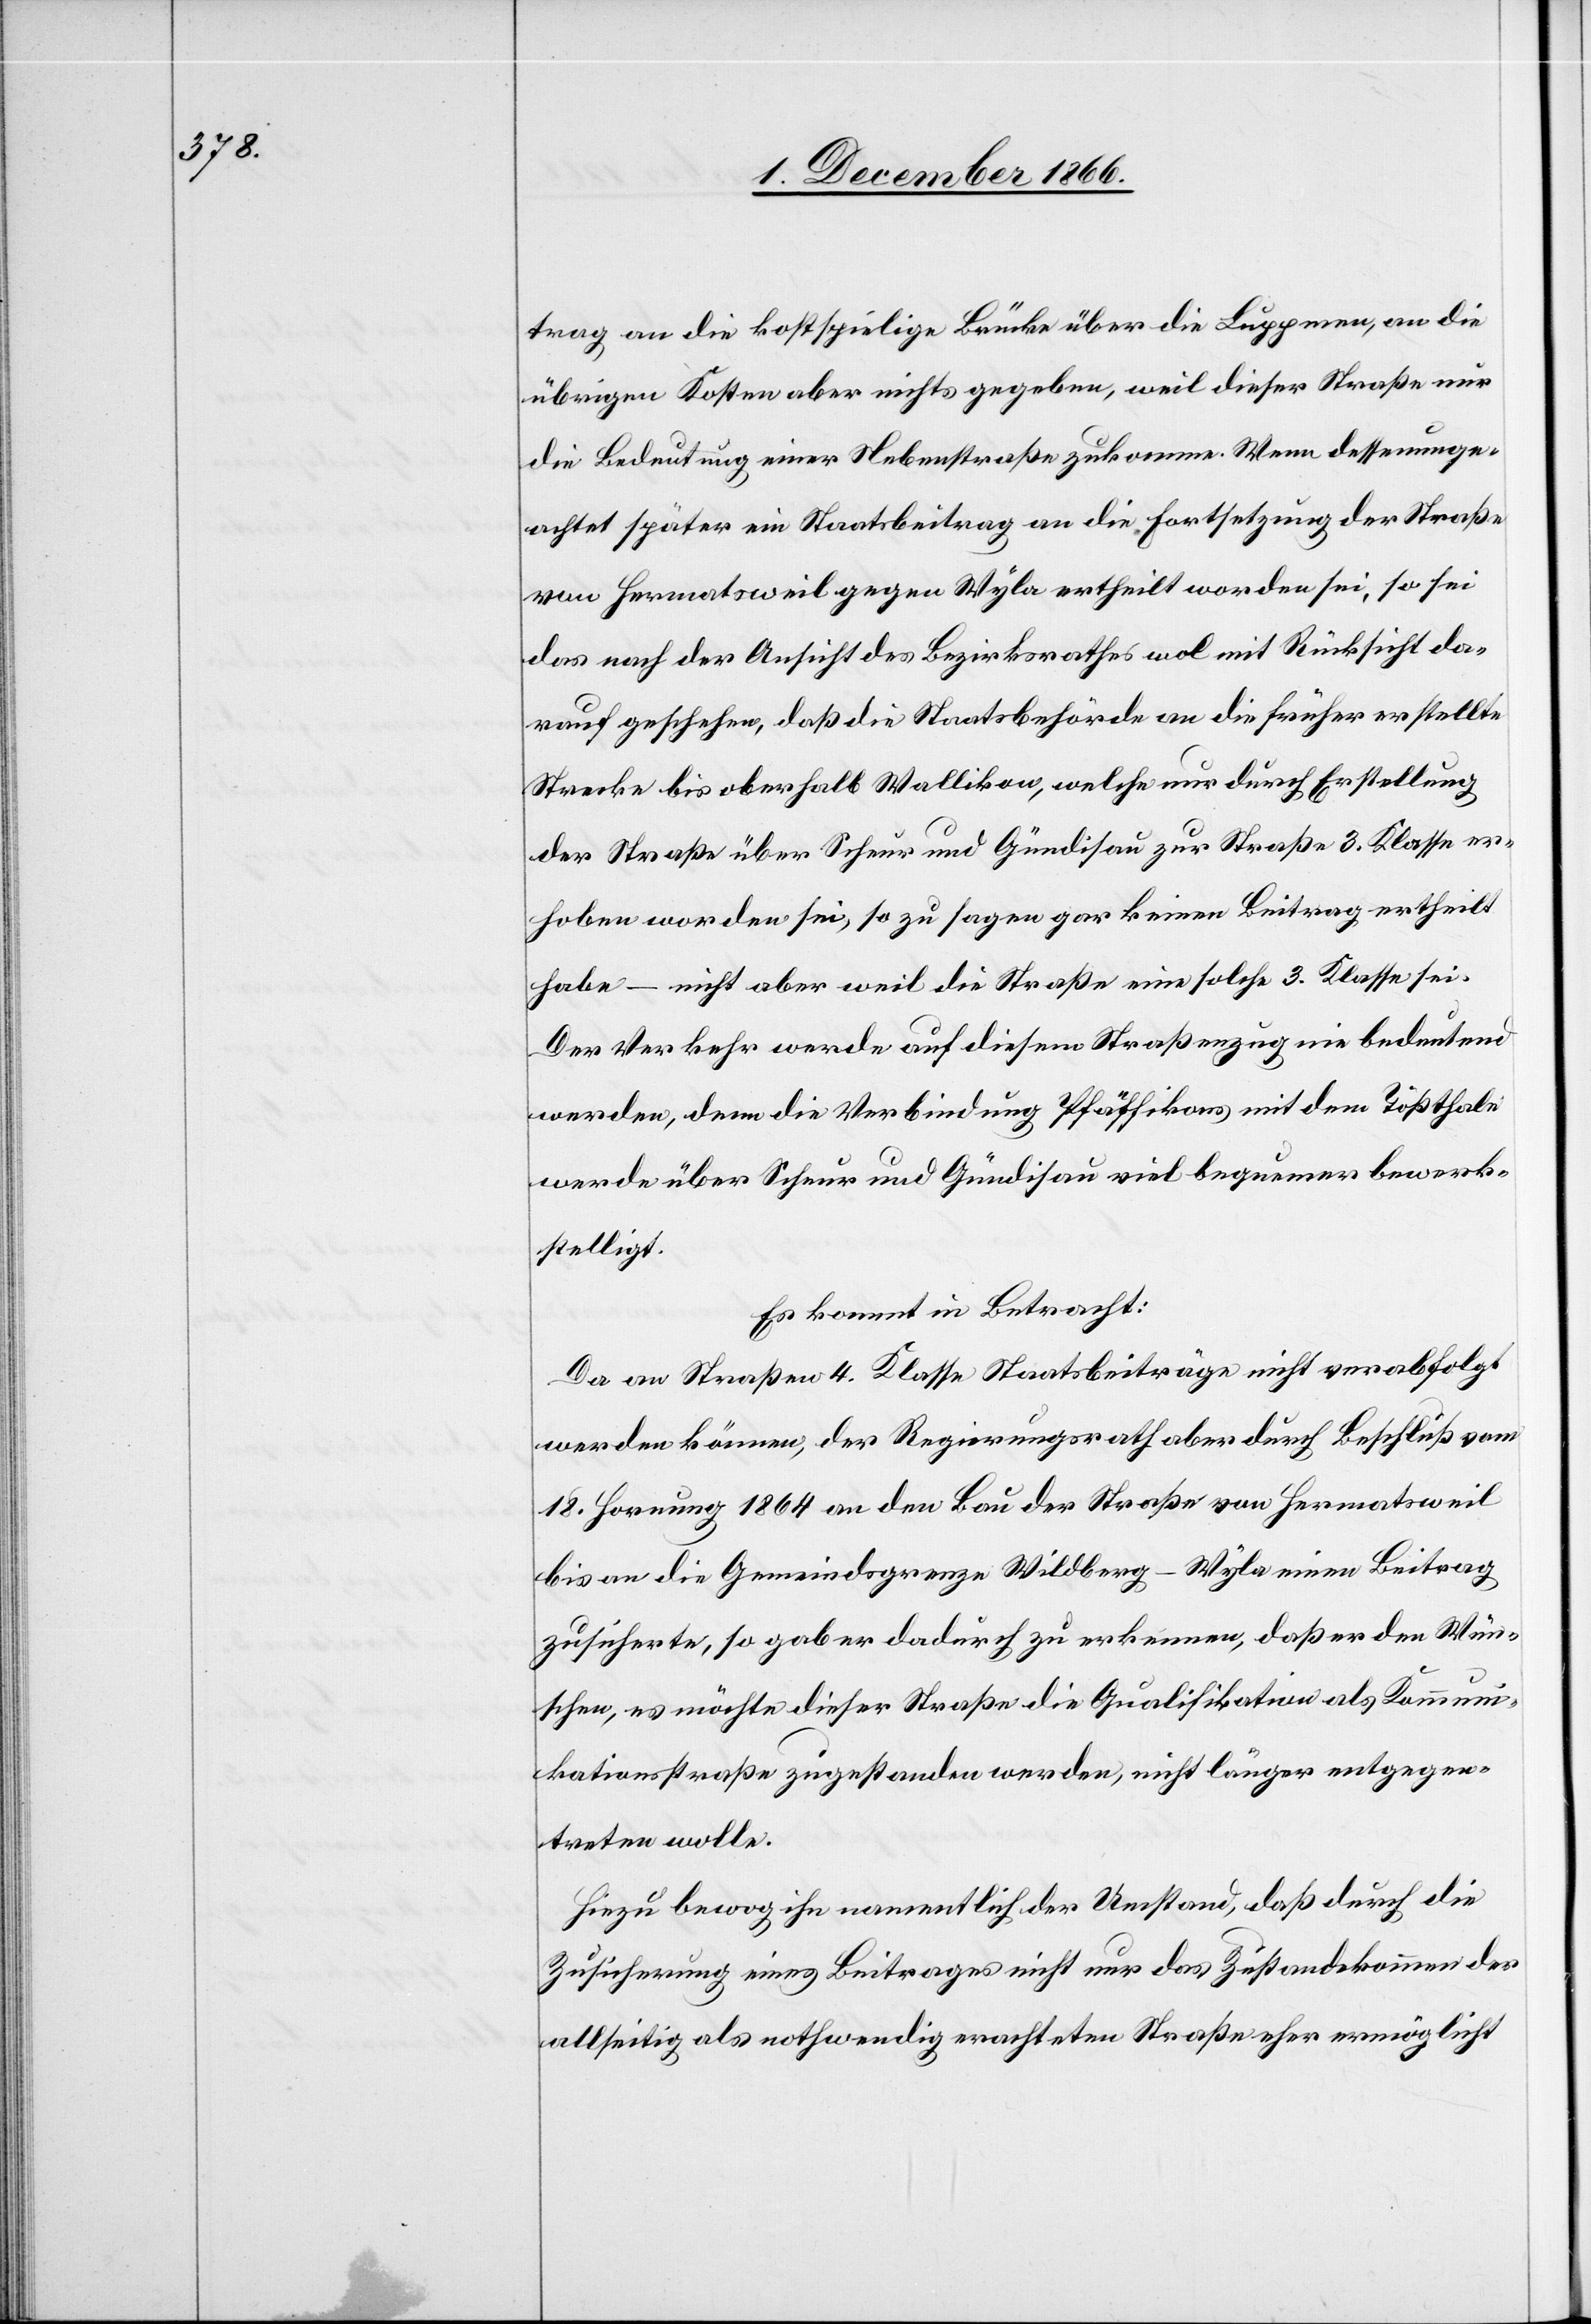
trag an die kostspielige Brücke über die Luppern, an die
übrigen Kosten aber nichts gegeben, weil dieser Straße nur
die Bedeutung einer Nebenstraße zukomme. Wenn dessenunge¬
achtet später ein Staatsbeitrag an die Fortsetzung der Straße
von Hermatsweil gegen Wyla ertheilt worden sei, so sei
das nach der Ansicht des Bezirksrathes wol mit Rücksicht da¬
rauf geschehen, daß die Staatsbehörde an die früher erstellte
Strecke bis oberhalb Wallikon, welche nur durch Erstellung
der Straße über Scheur und Gündisau zur Straße 3. Klasse er¬
hoben worden sei, so zu sagen gar keinen Beitrag ertheilt
habe – nicht aber weil die Straße eine solche 3. Klasse sei.
Der Verkehr werde auf diesem Straßenzug nie bedeutend
werden, denn die Verbindung Pfäffikons mit dem Tößthale
werde über Scheur und Gündisau viel bequemer bewerk¬
stelligt.
Es kommt in Betracht:
Da an Straßen 4. Klasse Staatsbeiträge nicht verabfolgt
werden können, der Regierungsrath aber durch Beschluß vom
18. Hornung 1864 an den Bau der Straße von Hermatsweil
bis an die Gemeindsgrenze Wildberg-Wyla einen Beitrag
zusicherte, so gab er dadurch zu erkennen, daß er den Wün¬
schen, es möchte dieser Straße die Qualifikation als Kommun¬
ikationsstraße zugestanden werden, nicht länger entgegen¬
treten wolle.
Hiezu bewog ihn namentlich der Umstand, daß durch die
Zusicherung eines Beitrages nicht nur das Zustandekommen der
allseitig als nothwendig erachteten Straße ermöglicht